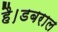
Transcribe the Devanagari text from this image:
है।डबराल